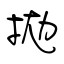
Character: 拋